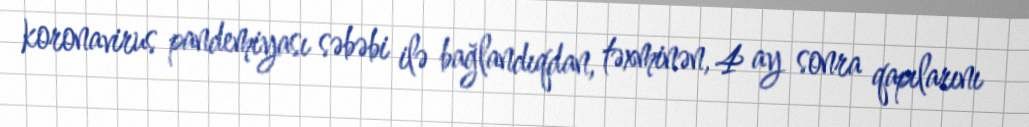
koronavirus pandemiyası səbəbi ilə bağlandıqdan, təxminən, 4 ay sonra qapılarını